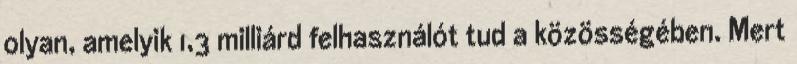
olyan, amelyik 1,3 milliárd felhasználót tud a közösségében. Mert